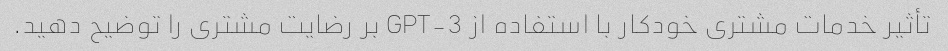
تأثیر خدمات مشتری خودکار با استفاده از GPT-3 بر رضایت مشتری را توضیح دهید.